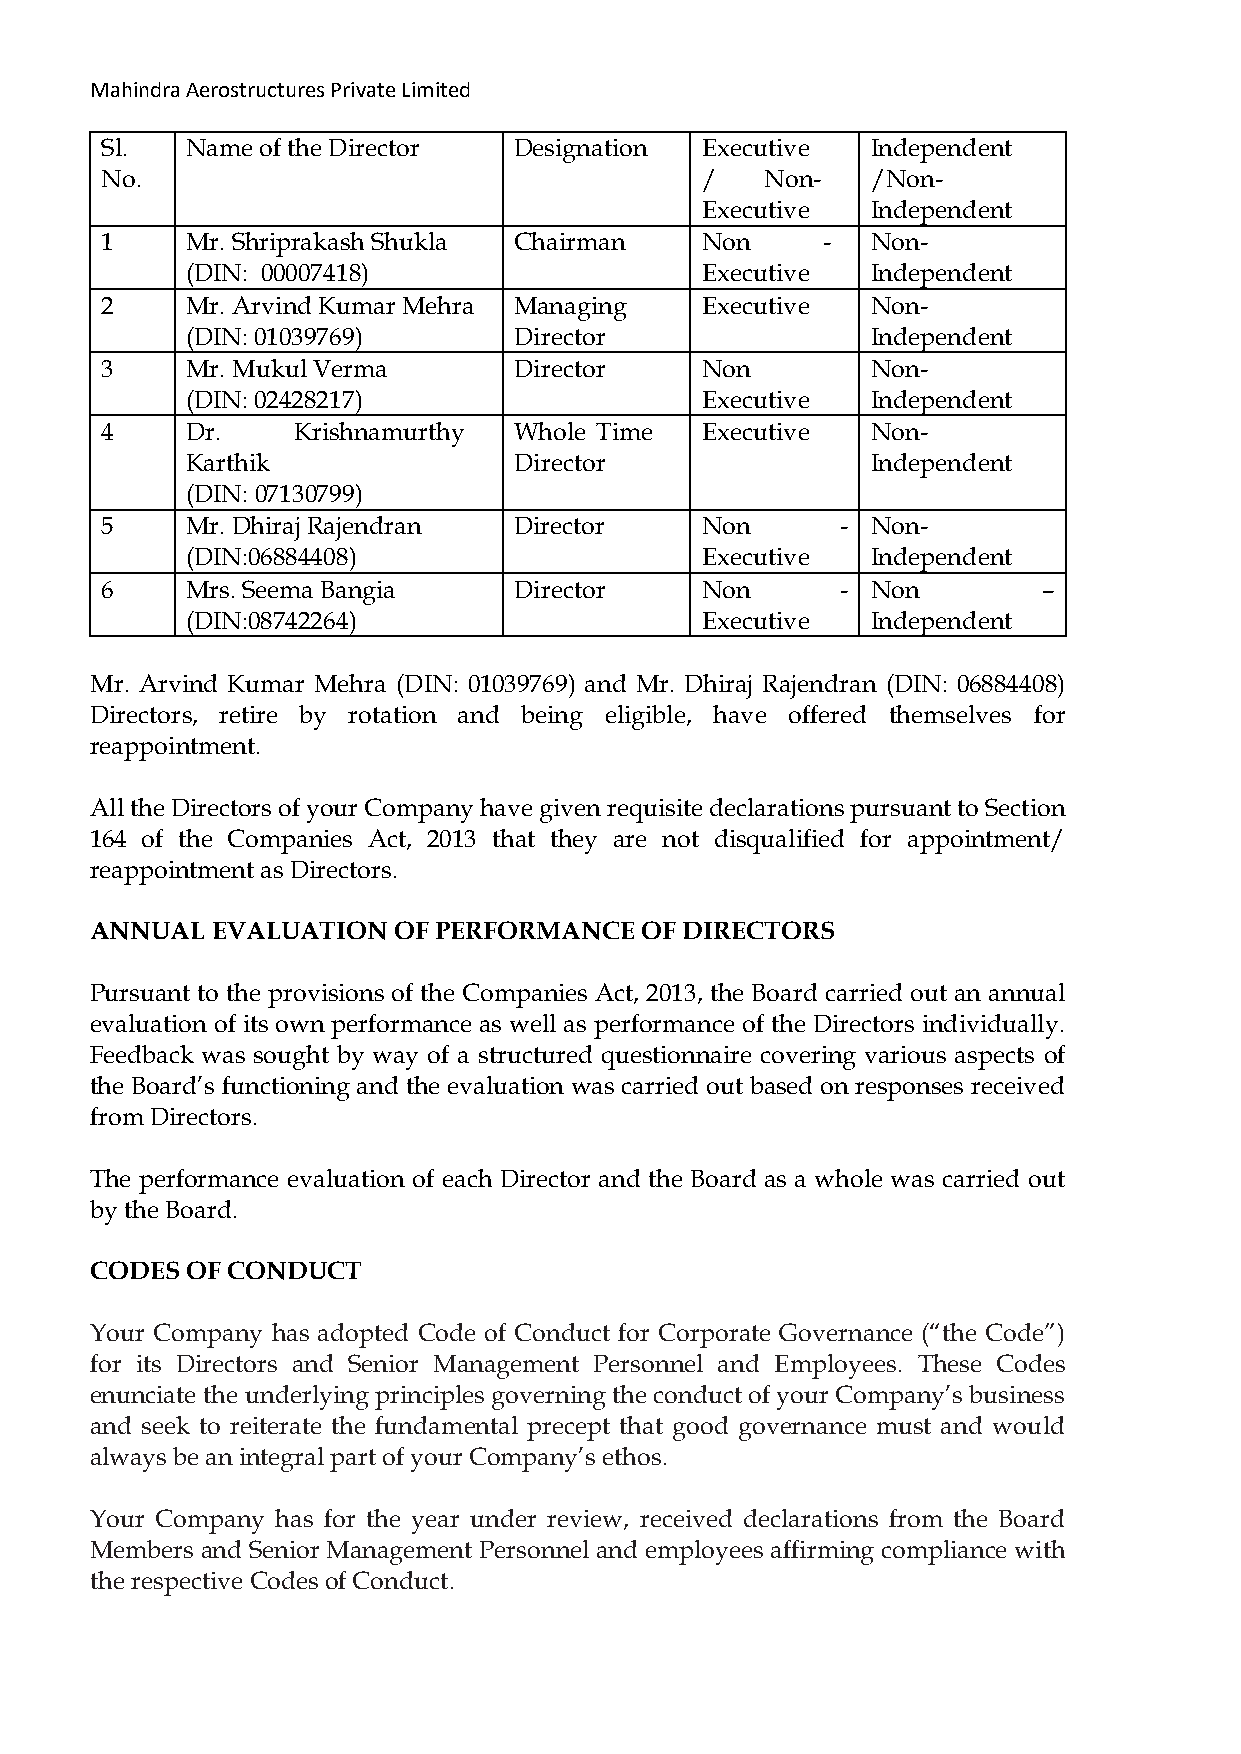
Mahindra Aerostructures Private Limited
 Sl.  Name of the Director  Designation Executive   Independent
 No.                                    /    Non-   /Non-
 Executive   Independent
 1    Mr. Shriprakash Shukla Chairman   Non     -   Non-
 (DIN: 00007418)                   Executive   Independent
 2    Mr. Arvind Kumar Mehra Managing   Executive   Non-
 (DIN: 01039769)       Director                Independent
 3    Mr. Mukul Verma       Director    Non        -Non-
 (DIN: 02428217)                   Executive   Independent
 4    Dr.    Krishnamurthy  Whole Time  Executive   Non-
 Karthik               Director                Independent
 (DIN: 07130799)
 5    Mr. Dhiraj Rajendran  Director    Non       - Non-
 (DIN:06884408)                    Executive   Independent
 6    Mrs. Seema Bangia     Director    Non       - Non        –
 (DIN:08742264)                    Executive   Independent
 Mr. Arvind Kumar Mehra (DIN: 01039769) and Mr. Dhiraj Rajendran (DIN: 06884408)
 Directors, retire by rotation and being eligible, have offered themselves for
 reappointment.
 All the Directors of your Company have given requisite declarations pursuant to Section
 164 of the Companies Act, 2013 that they are not disqualified for appointment/
 reappointment as Directors.
 ANNUAL  EVALUATION  OF PERFORMANCE  OF DIRECTORS
 Pursuant to the provisions of the Companies Act, 2013, the Board carried out an annual
 evaluation of its own performance as well as performance of the Directors individually.
 Feedback was sought by way of a structured questionnaire covering various aspects of
 the Board’s functioning and the evaluation was carried out based on responses received
 from Directors.
 The performance evaluation of each Director and the Board as a whole was carried out
 by the Board.
 CODES OF CONDUCT
 Your Company has adopted Code of Conduct for Corporate Governance (“the Code”)
 for its Directors and Senior Management Personnel and Employees. These Codes
 enunciate the underlying principles governing the conduct of your Company’s business
 and seek to reiterate the fundamental precept that good governance must and would
 always be an integral part of your Company’s ethos.
 Your Company has for the year under review, received declarations from the Board
 Members and Senior Management Personnel and employees affirming compliance with
 the respective Codes of Conduct.